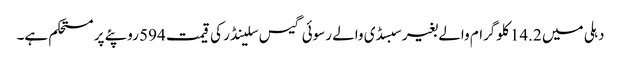
دہلی میں 14.2 کلوگرام والے بغیر سبسڈی والے رسوئی گیس سلینڈر کی قیمت 594 روپئے پر مستحکم ہے۔